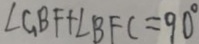
\angle G B F + \angle B F C = 9 0 ^ { \circ }